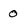
Character: 0